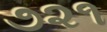
૭૨૧